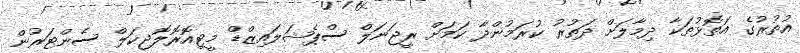
އުތުރުގެ އަތޮޅުތަކާ ދިމާލަށް ދަތުރު ކުރަމުންދާ ކަމަށް ރީޖަނަލް ސްޕެޝަލައިޒްޑް މީޓިއޮރޮލޮޖިކަލް ސެންޓަރުން